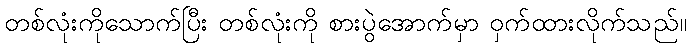
တစ်လုံးကိုသောက်ပြီး တစ်လုံးကို စားပွဲအောက်မှာ ဝှက်ထားလိုက်သည်။